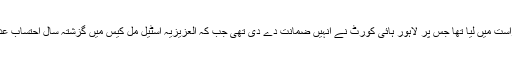
انہیں چوہدری شوگر ملز کیس میں نیب نے حراست میں لیا تھا جس پر لاہور ہائی کورٹ نے انہیں ضمانت دے دی تھی جب کہ العزیزیہ اسٹیل مل کیس میں گزشتہ سال احتساب عدالت نے انہیں سات سال قید کی سزا سنائی تھی۔